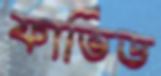
ফার্ভিড